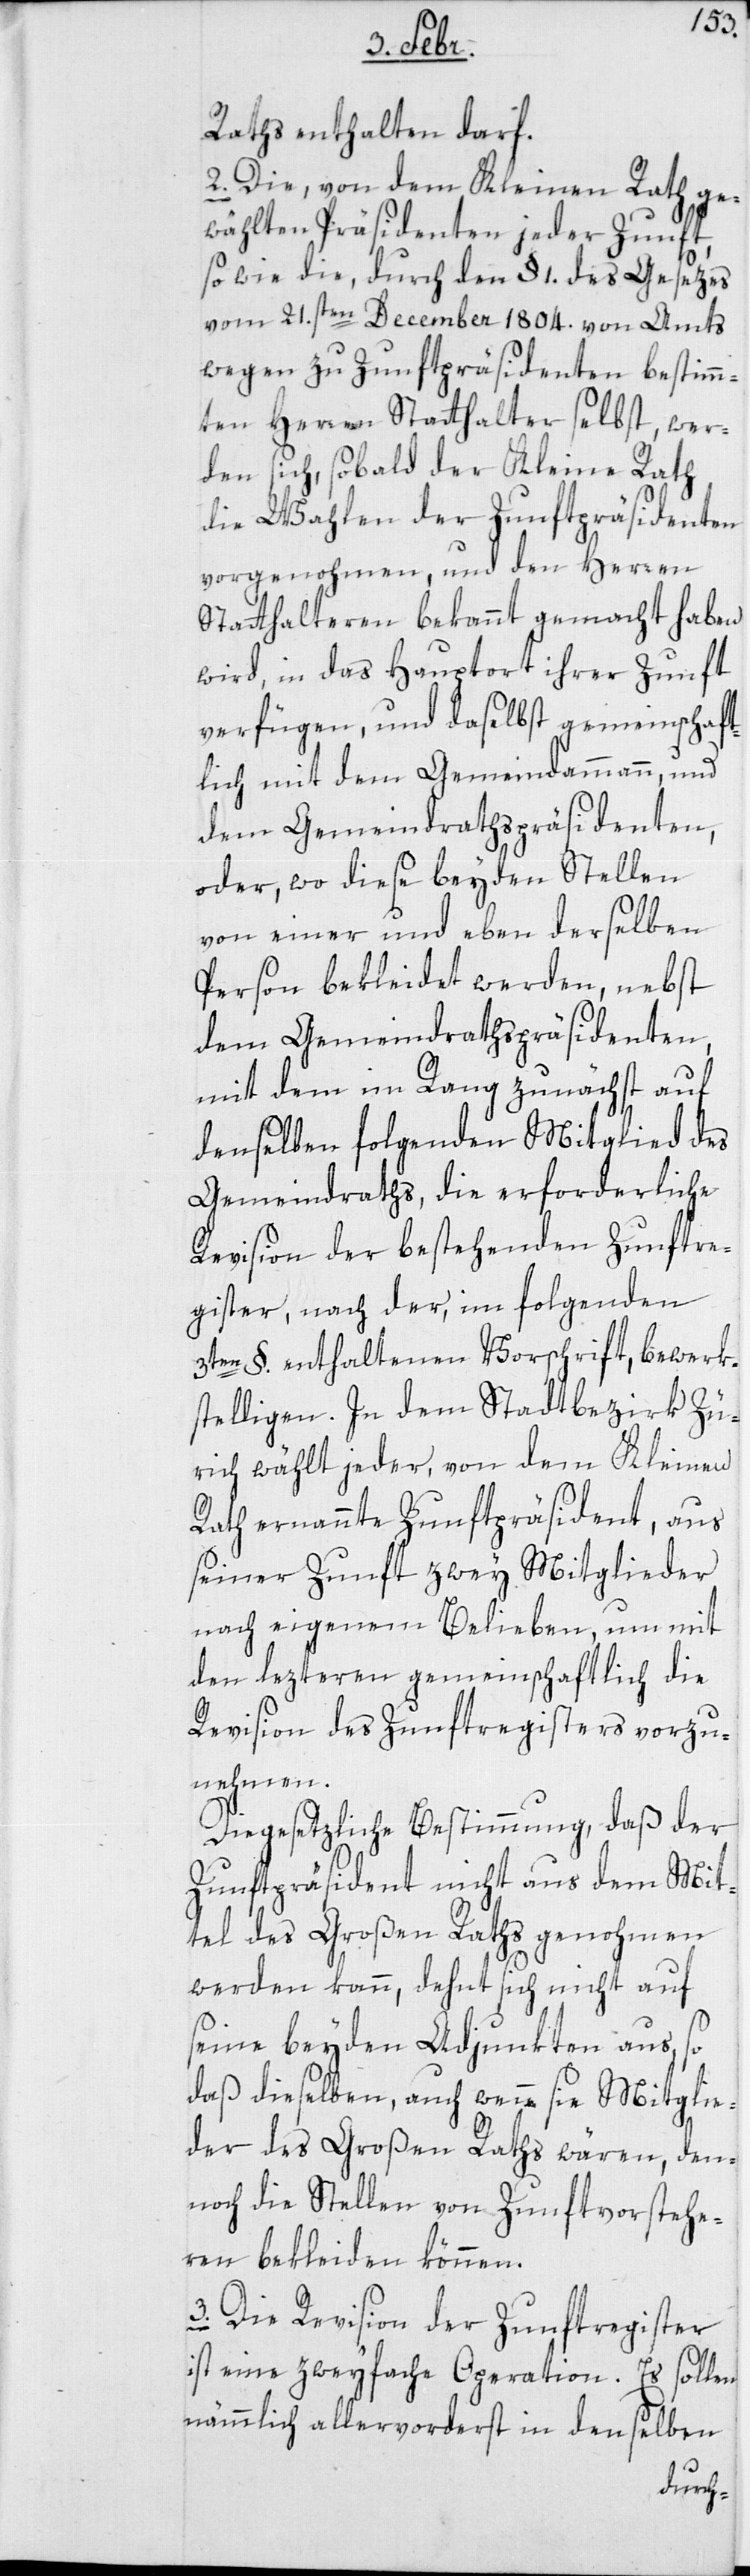
Raths enthalten darf.
2. Die von dem Kleinen Rath ge¬
wählten Präsidenten jeder Zunft,
sowie die durch den § 1. des Gesetzes
vom 21sten December 1804. von Amts
wegen zu Zunftpräsidenten bestimm¬
ten Herren Statthalter selbst, wer¬
den sich, sobald der Kleine Rath
die Wahlen der Zunftpräsidenten
vorgenohmen, und den Herren
Statthalteren bekannt gemacht haben
wird, in das Hauptort ihrer Zunft
verfügen, und daselbst gemeinschaft¬
lich mit dem Gemeindammann und
dem Gemeindrathspräsidenten,
oder, wo diese beyden Stellen
von einer und eben derselben
Person bekleidet werden, nebst
dem Gemeindratspräsidenten,
mit dem im Rang zunächst auf
denselben folgenden Mitglied des
Gemeindraths, die erforderliche
Revision der bestehenden Zunftre¬
gister, nach der, im folgenden
3ten §. enthaltenen Vorschrift, bewerk¬
stelligen. In dem Stadtbezirk Zü¬
rich wählt jeder, von dem Kleinen
Rath ernannte Zunftpräsident, aus
seiner Zunft zwey Mitglieder
nach eigenem Belieben, um mit
den lezteren gemeinschaftlich die
Revision des Zunftregisters vorzu¬
nehmen.
Die gesetzliche Bestimmung, daß der
Zunftpräsident nicht aus dem Mit¬
tel des Großen Raths genohmen
werden kann, dehnt sich nicht auf
seine beyden Adjunkten aus, so
daß dieselben, auch wenn sie Mitglie¬
der des Großen Raths wären, den¬
noch die Stellen von Zunftvorstehe¬
rn bekleiden können.
3. Die Revision der Zunftregister
ist eine zweyfache Operation. Es sollen
nämmlich allervorderst in denselben